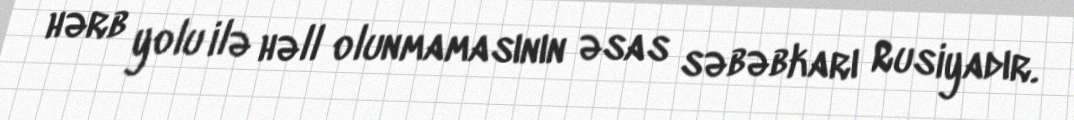
hərb yolu ilə həll olunmamasının əsas səbəbkarı Rusiyadır.